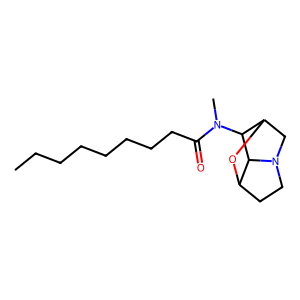
SMILES: CCCCCCCCC(=O)N(C)C1C2CN3CCC(O2)C13
Inhibits HIV replication: No